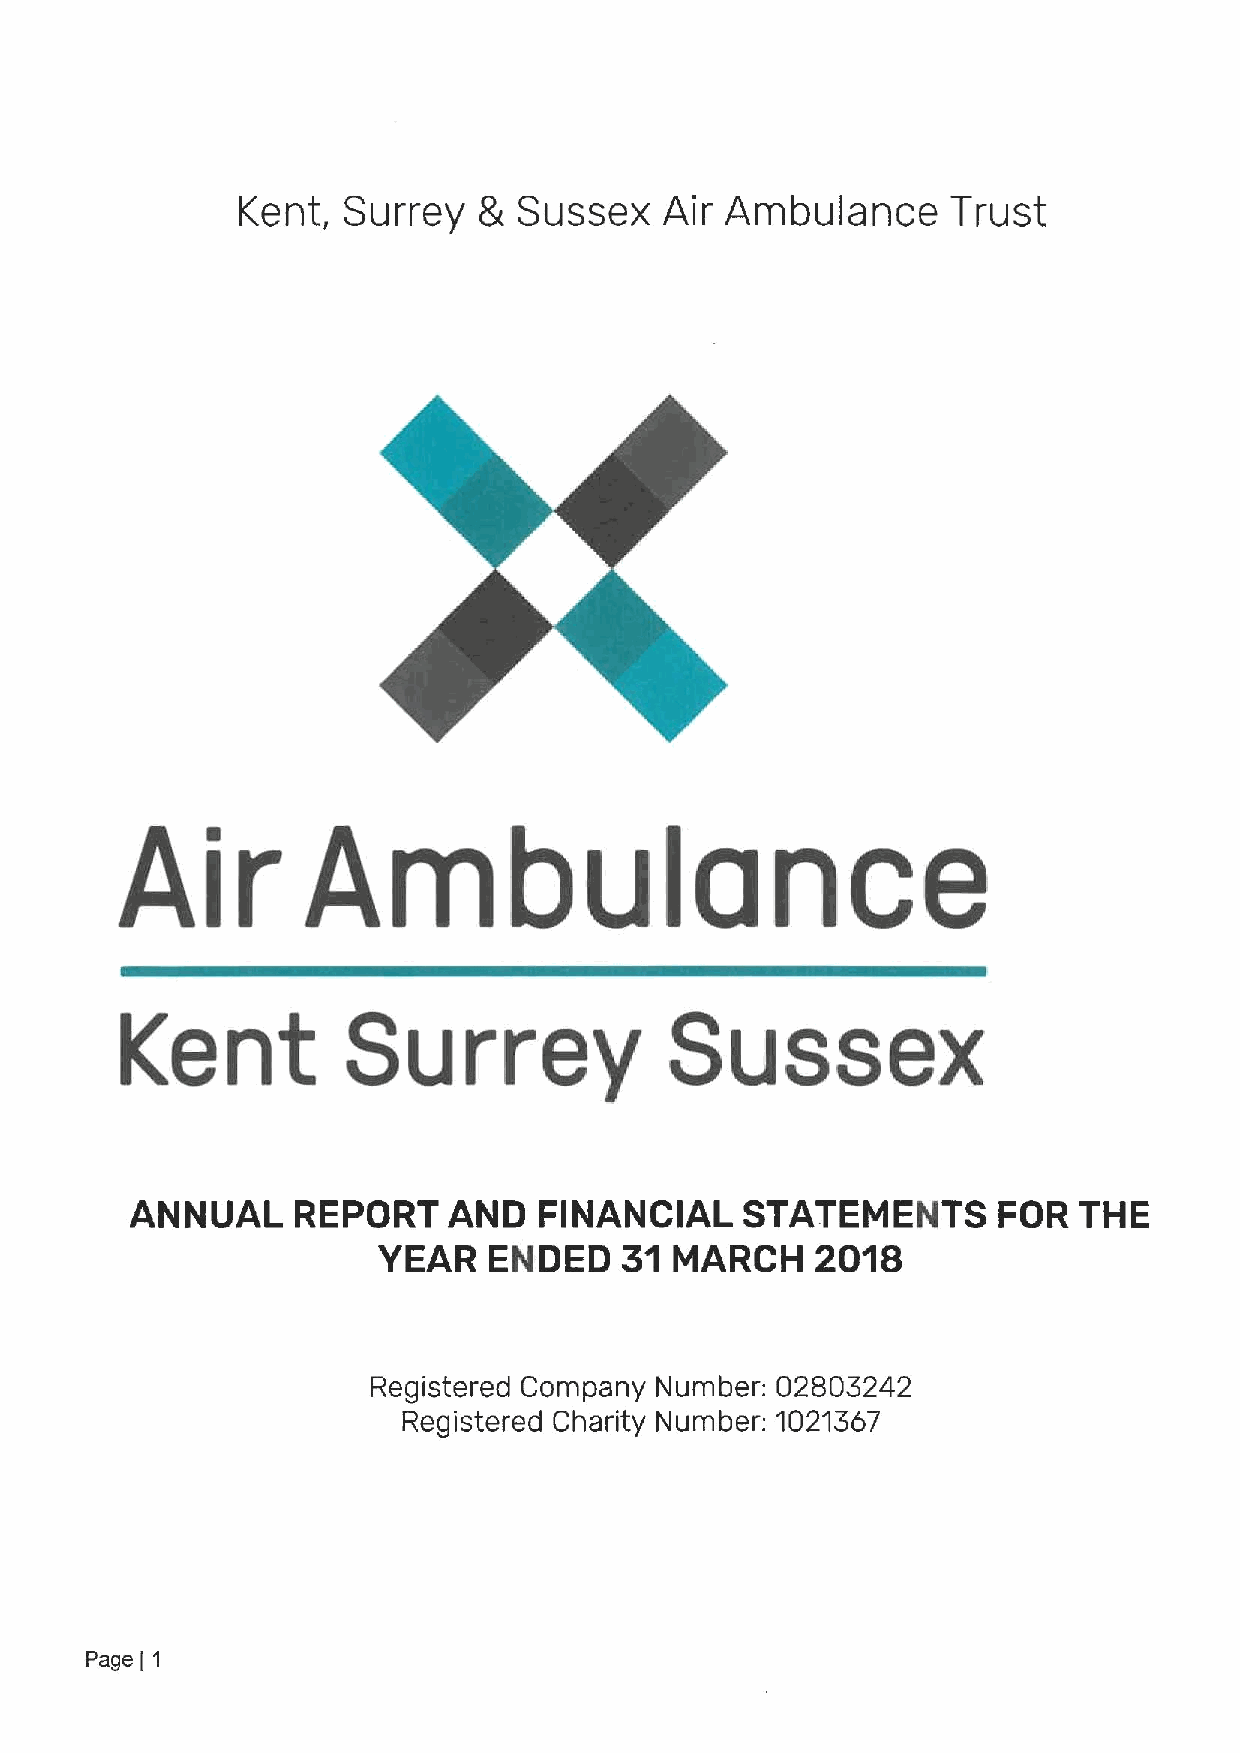
Kent,  Surrey   8 Sussex    Air Ambulance      Trust
 uance
 ir          m
 Sussex
 Kent           Surrey
 ANNUAL     REPORT    AND   FINANCIAL    STATEMENTS       FOR  THE
 YEAR   ENDED    31  MARCH    2018
 Registered Company Number: 02803242
 Registered Charity Number: 1021367
 Page 1
 i